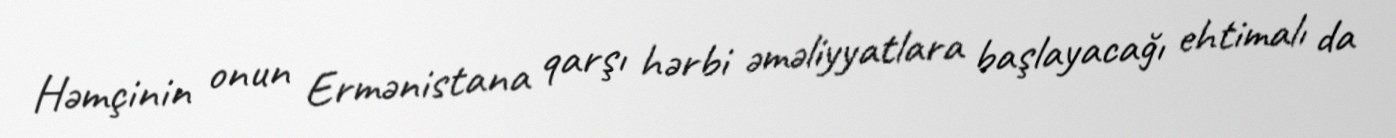
Həmçinin onun Ermənistana qarşı hərbi əməliyyatlara başlayacağı ehtimalı da